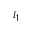
i _ { 1 }